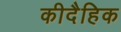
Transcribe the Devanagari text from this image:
कीदैहिक